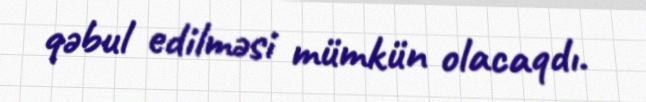
qəbul edilməsi mümkün olacaqdı.